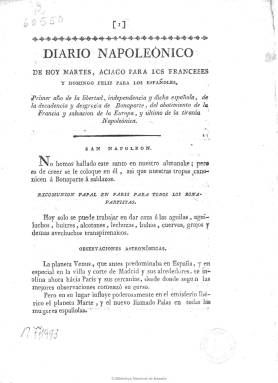
Título: Diario napoleónico ...
Otros títulos: Diario napoleónico de hoy martes, aciago para los franceses y domingo feliz para los españoles
Colección: Periódicos anteriores a 1850
Ámbito geográfico: Madrid
Lugar de publicación: Madrid
Fechas: 02/05/1808-02/05/1808

Es la única entrega de esta singular publicación estampada en Madrid, en el año 1808, en la Imprenta de Vega y Compañía, y difundida e impresa o reimpresa también en otras poblaciones, de la que no se sabe con certeza su día y mes de aparición, aunque bajo su título se indica: “de hoy martes, aciago para los franceses y domingo feliz para los españoles”, que ha sido identificado con el mítico 2 de mayo, pero también puede serlo con el dos de agosto, coincidiendo este día con la huida de José I de Madrid. Además, hace referencia a la también mítica batalla de Bailén, del 19 de julio. Lo que sí queda claro, ya en su cabecera, es que es de carácter patriótico, pues añade bajo ella la siguiente indicación: “Primer año de la libertad, independencia y dicha española, de la decadencia y desgracia de Bonaparte, del abatimiento de la Francia y salvación de la Europa, y último de la tiranía Napoleónica”, introduciendo en la misma dos elementos esenciales: el de la libertad y el de la “independencia”.

El impreso, en 4º, es de ocho páginas foliadas. En la penúltima se indica: “Con privilegio de los Puños españoles”, y en la última que se vende a seis cuartos en las librerías madrileñas de Quiroga y Burguillos. Anuncio este que aparece también inserto en el Diario de Madrid, del 14 de noviembre de 1808. Se trata de un papel periódico de fuerte carácter satírico y burlesco contra Napoleón y sus generales, pero también contra Manuel Godoy, Príncipe de la Paz, adoptando a la vez un paródico esquema en la presentación de sus textos similar a las secciones de los diarios convencionales o noticiosos de la época, como era el citado Diario de Madrid, y que ha dado lugar al equívoco, en alguna bibliografía de referencia, de creer que fue estampado en la imprenta de este periódico.

Siguiendo, pues, el esquema de un diario convencional, el primer epígrafe (es decir, el de santoral) se refiere burlonamente a San Napoleón, al que canoniza “a sablazos”, seguido del titulado Excomunión papal en París para todos los bonapartistas. Los siguientes son Observaciones astronómicas, Termómetro y barómetro militar y político, y Temperatura política de las principales naciones europeas, con un apartado propio para Estado de Francia, en el que se menosprecia el valor o la felicidad francesa frente al heroísmo español, o trata a Napoleón como un malvado embustero.

Los siguientes epígrafes son Ventas judiciales, Aviso, Pérdidas, Hallazgos, Sirvientes, Nodrizas, Teatros y Toros, en cuyos textos se anuncia la venta del título de Príncipe de la Paz –“tasado en veinte años de miseria española” – o la de Almirante de España y sus Indias –“sin estrenar” y muy barato–, o la representación de la “famosa” comedia El segundo Luzbel Napoleón Bonaparte.

Ya Antonio Asenjo (1933) definió la única entrega satírica de este Diario napoleónico como una publicación “tan rara como curiosa”. Se conoce de este mismo título otras impresiones o reimpresiones, como la de la Imprenta de don Luis Cueto, en Zaragoza, de siete páginas; las de Valencia y Cádiz (esta probablemente de 1812), y la de México, en la Oficina de D. Mariano de Zúñiga y Ontiveros, probablemente de 1809, también en 4º y ocho páginas. Por otro lado, con el título Diario burlesco se conoce una publicación similar con el pie de la Imprenta de la Viuda de Caballero, y por su original en Murcia, en la de Benedito. Por último, existe una semejanza de este diario con el Nuevo diario del liberal Napoleón, impreso en Palma, en 1813.

Referencias bibliográficas para este título son las de Hartzenbusch (1894), Gómez Ímaz (1910), Luis del Arco (1914), Jaime del Burgo (1978), Tramoyeres Blasco (1991), Beatriz Sánchez Hita (2008), Gil Novales (2009) o Vicente León Navarro (2010).